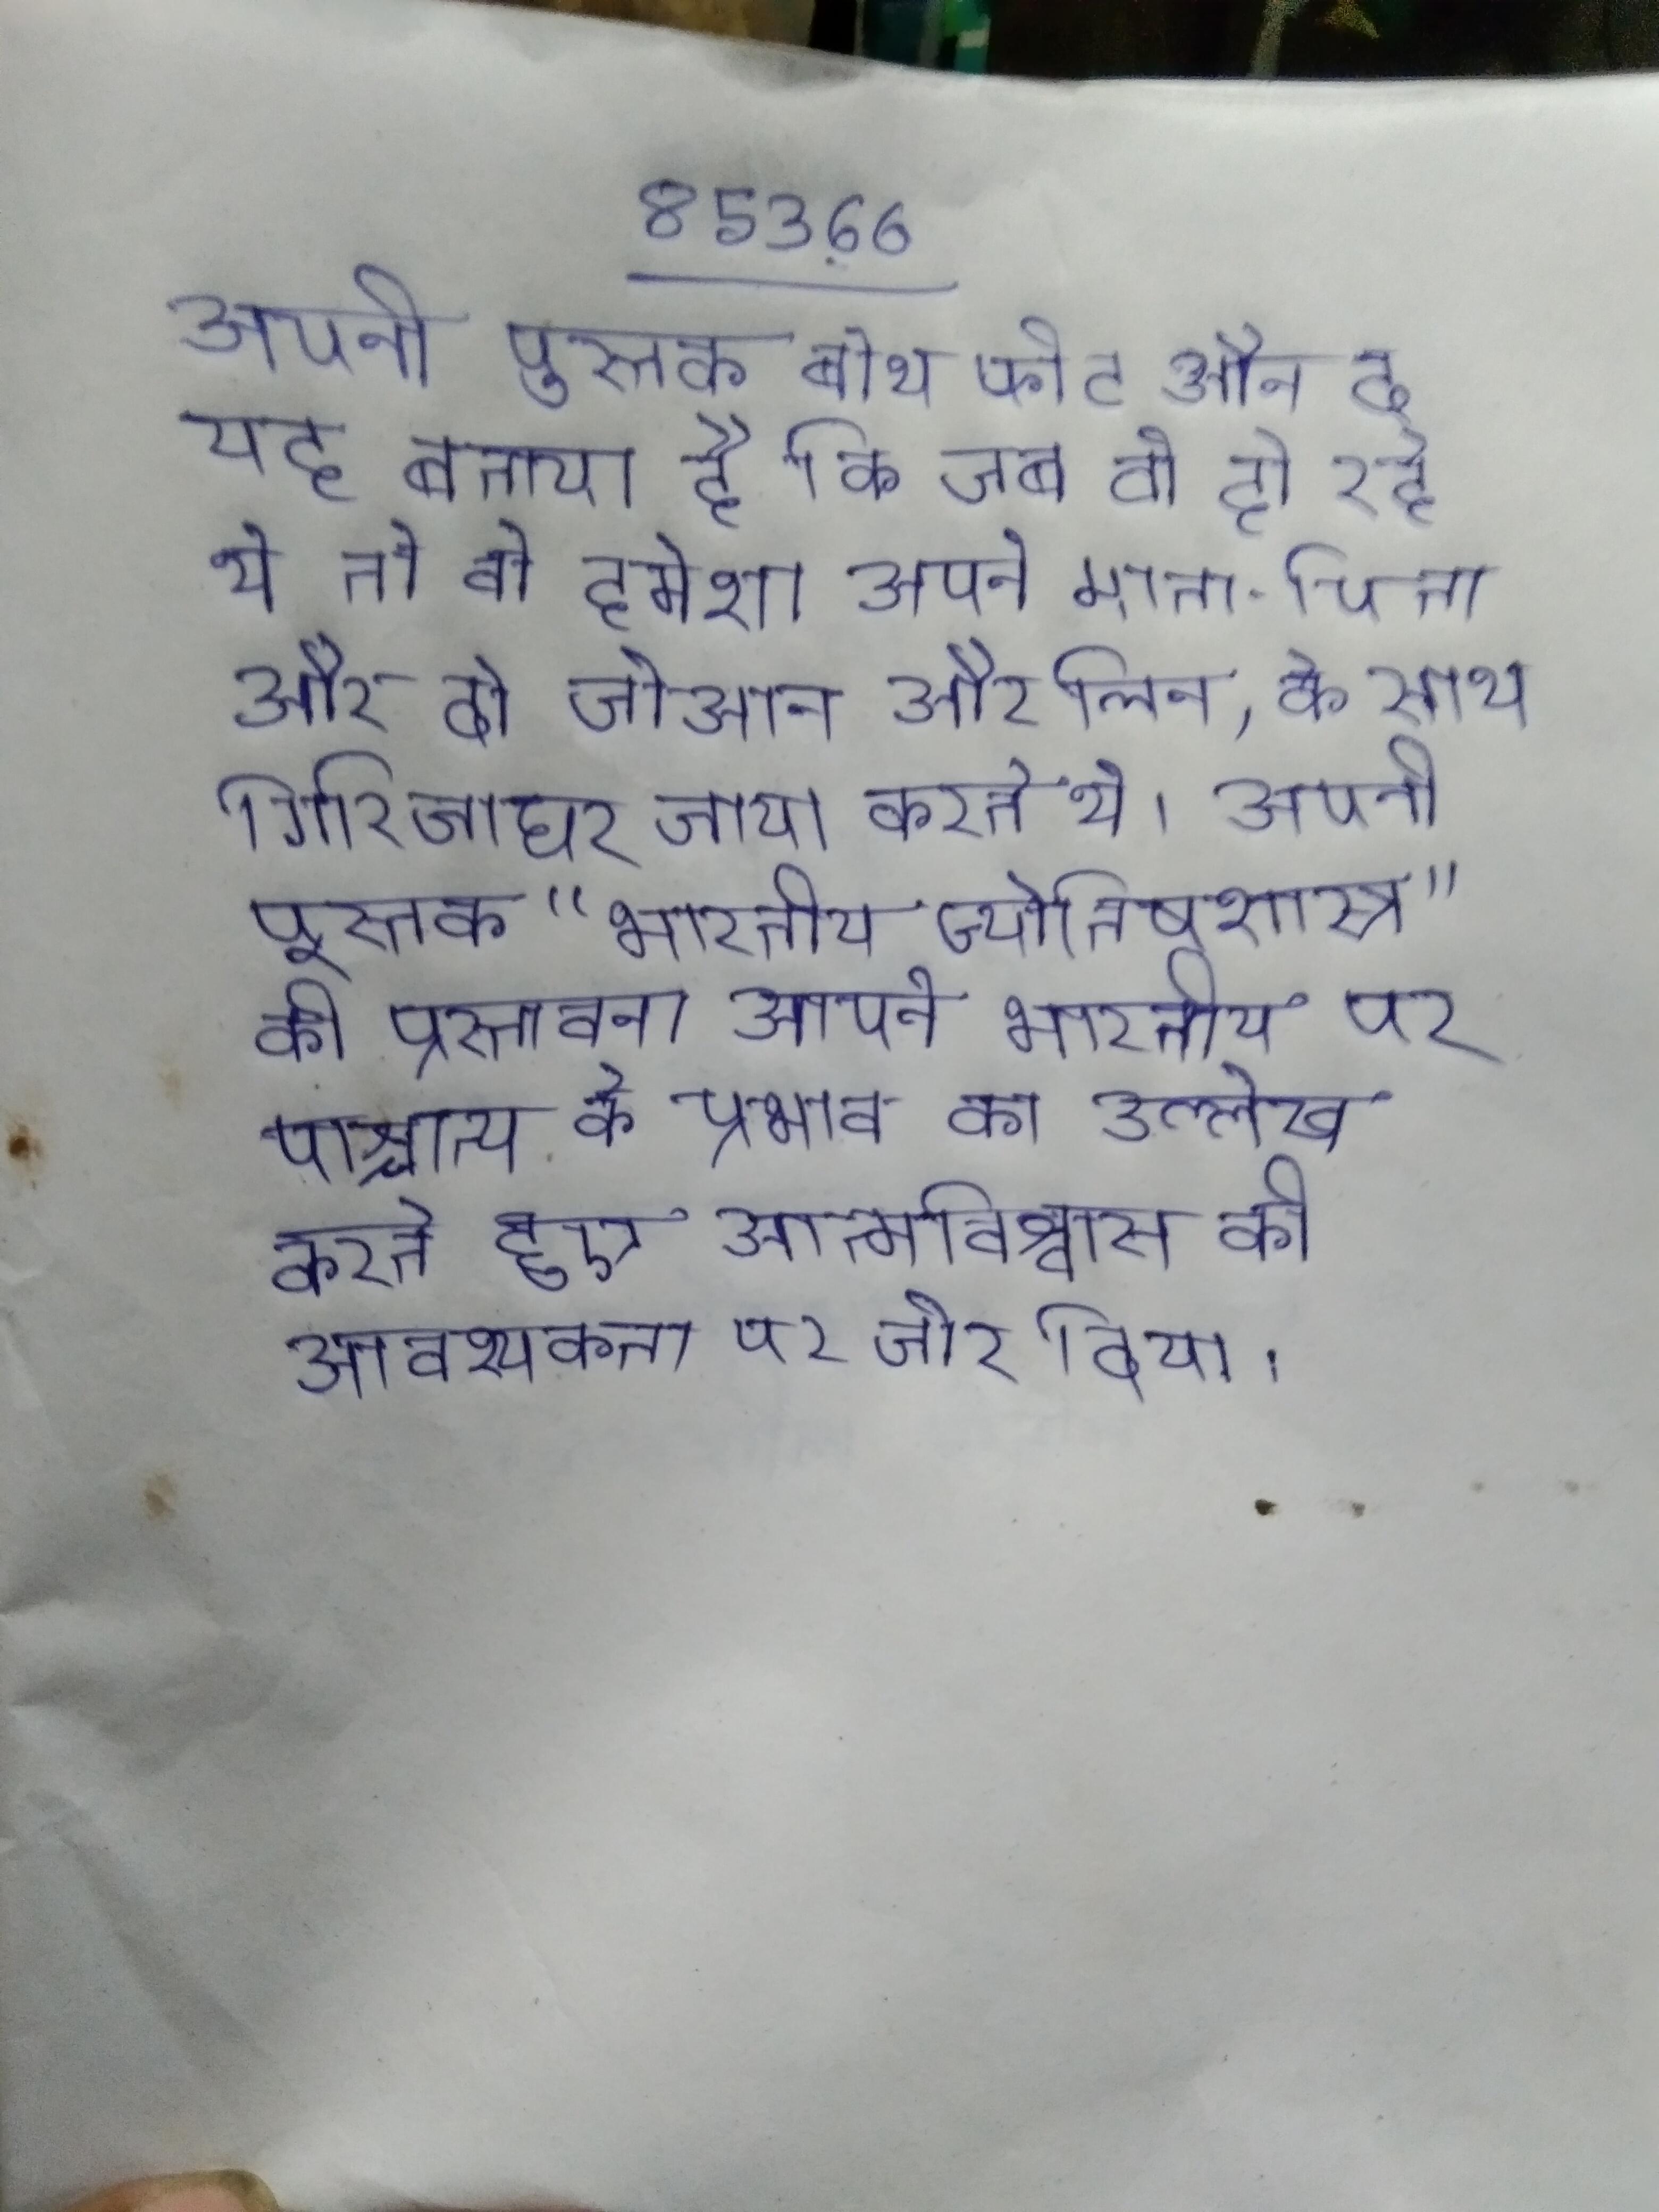
अपनी पुस्तक बोथ फीट औन द यह बताया है कि जब वो हो रहे थे तो वो हमेशा अपने माता-पिता और दो जोआन और लिन, के साथ गिरिजाघर जाया करते थे । अपनी पुस्तक "भारतीय ज्योतिषशास्त्र" की प्रस्तावना आपने भारतीय पर पाश्चात्य के प्रभाव का उल्लेख करते हुए आत्मविश्वास की आवश्यकता पर जोर दिया ।